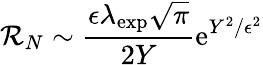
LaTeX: \mathcal{R}_{N}\sim\frac{\epsilon\lambda_{\mathrm{exp}}\sqrt{\pi}}{2Y}\mathrm{e}^{Y^{2}/\epsilon^{2}}